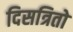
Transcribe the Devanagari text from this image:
दिसत्रितो